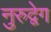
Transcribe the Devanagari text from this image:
नुरुद्वेग